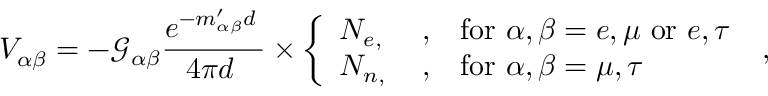
V _ { \alpha \beta } ^ { \leftmoon } = - \mathcal { G } _ { \alpha \beta } \frac { e ^ { - m _ { \alpha \beta } ^ { \prime } d _ { \leftmoon } } } { 4 \pi d _ { \leftmoon } } \times \left\{ \begin{array} { l l l } { N _ { e , \leftmoon } } & { , } & { \mathrm { f o r } ~ \alpha , \beta = e , \mu ~ \mathrm { o r } ~ e , \tau } \\ { N _ { n , \leftmoon } } & { , } & { \mathrm { f o r } ~ \alpha , \beta = \mu , \tau } \end{array} \right. \; ,